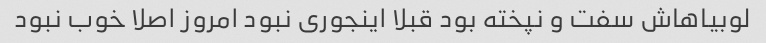
لوبیاهاش سفت و نپخته بود قبلا اینجوری نبود‌ امروز اصلا خوب نبود